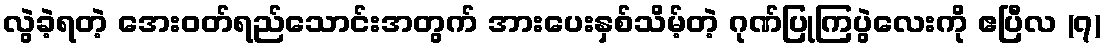
လွဲခဲ့ရတဲ့ အေးဝတ်ရည်သောင်းအတွက် အားပေးနှစ်သိမ့်တဲ့ ဂုဏ်ပြုကြပွဲလေးကို ဧပြီလ (၇)